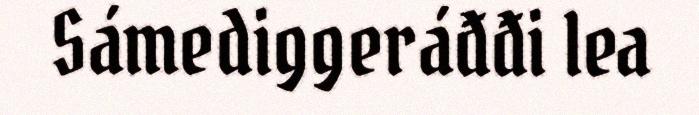
Sámediggeráđđi lea